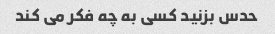
حدس بزنید کسی به چه فکر می کند